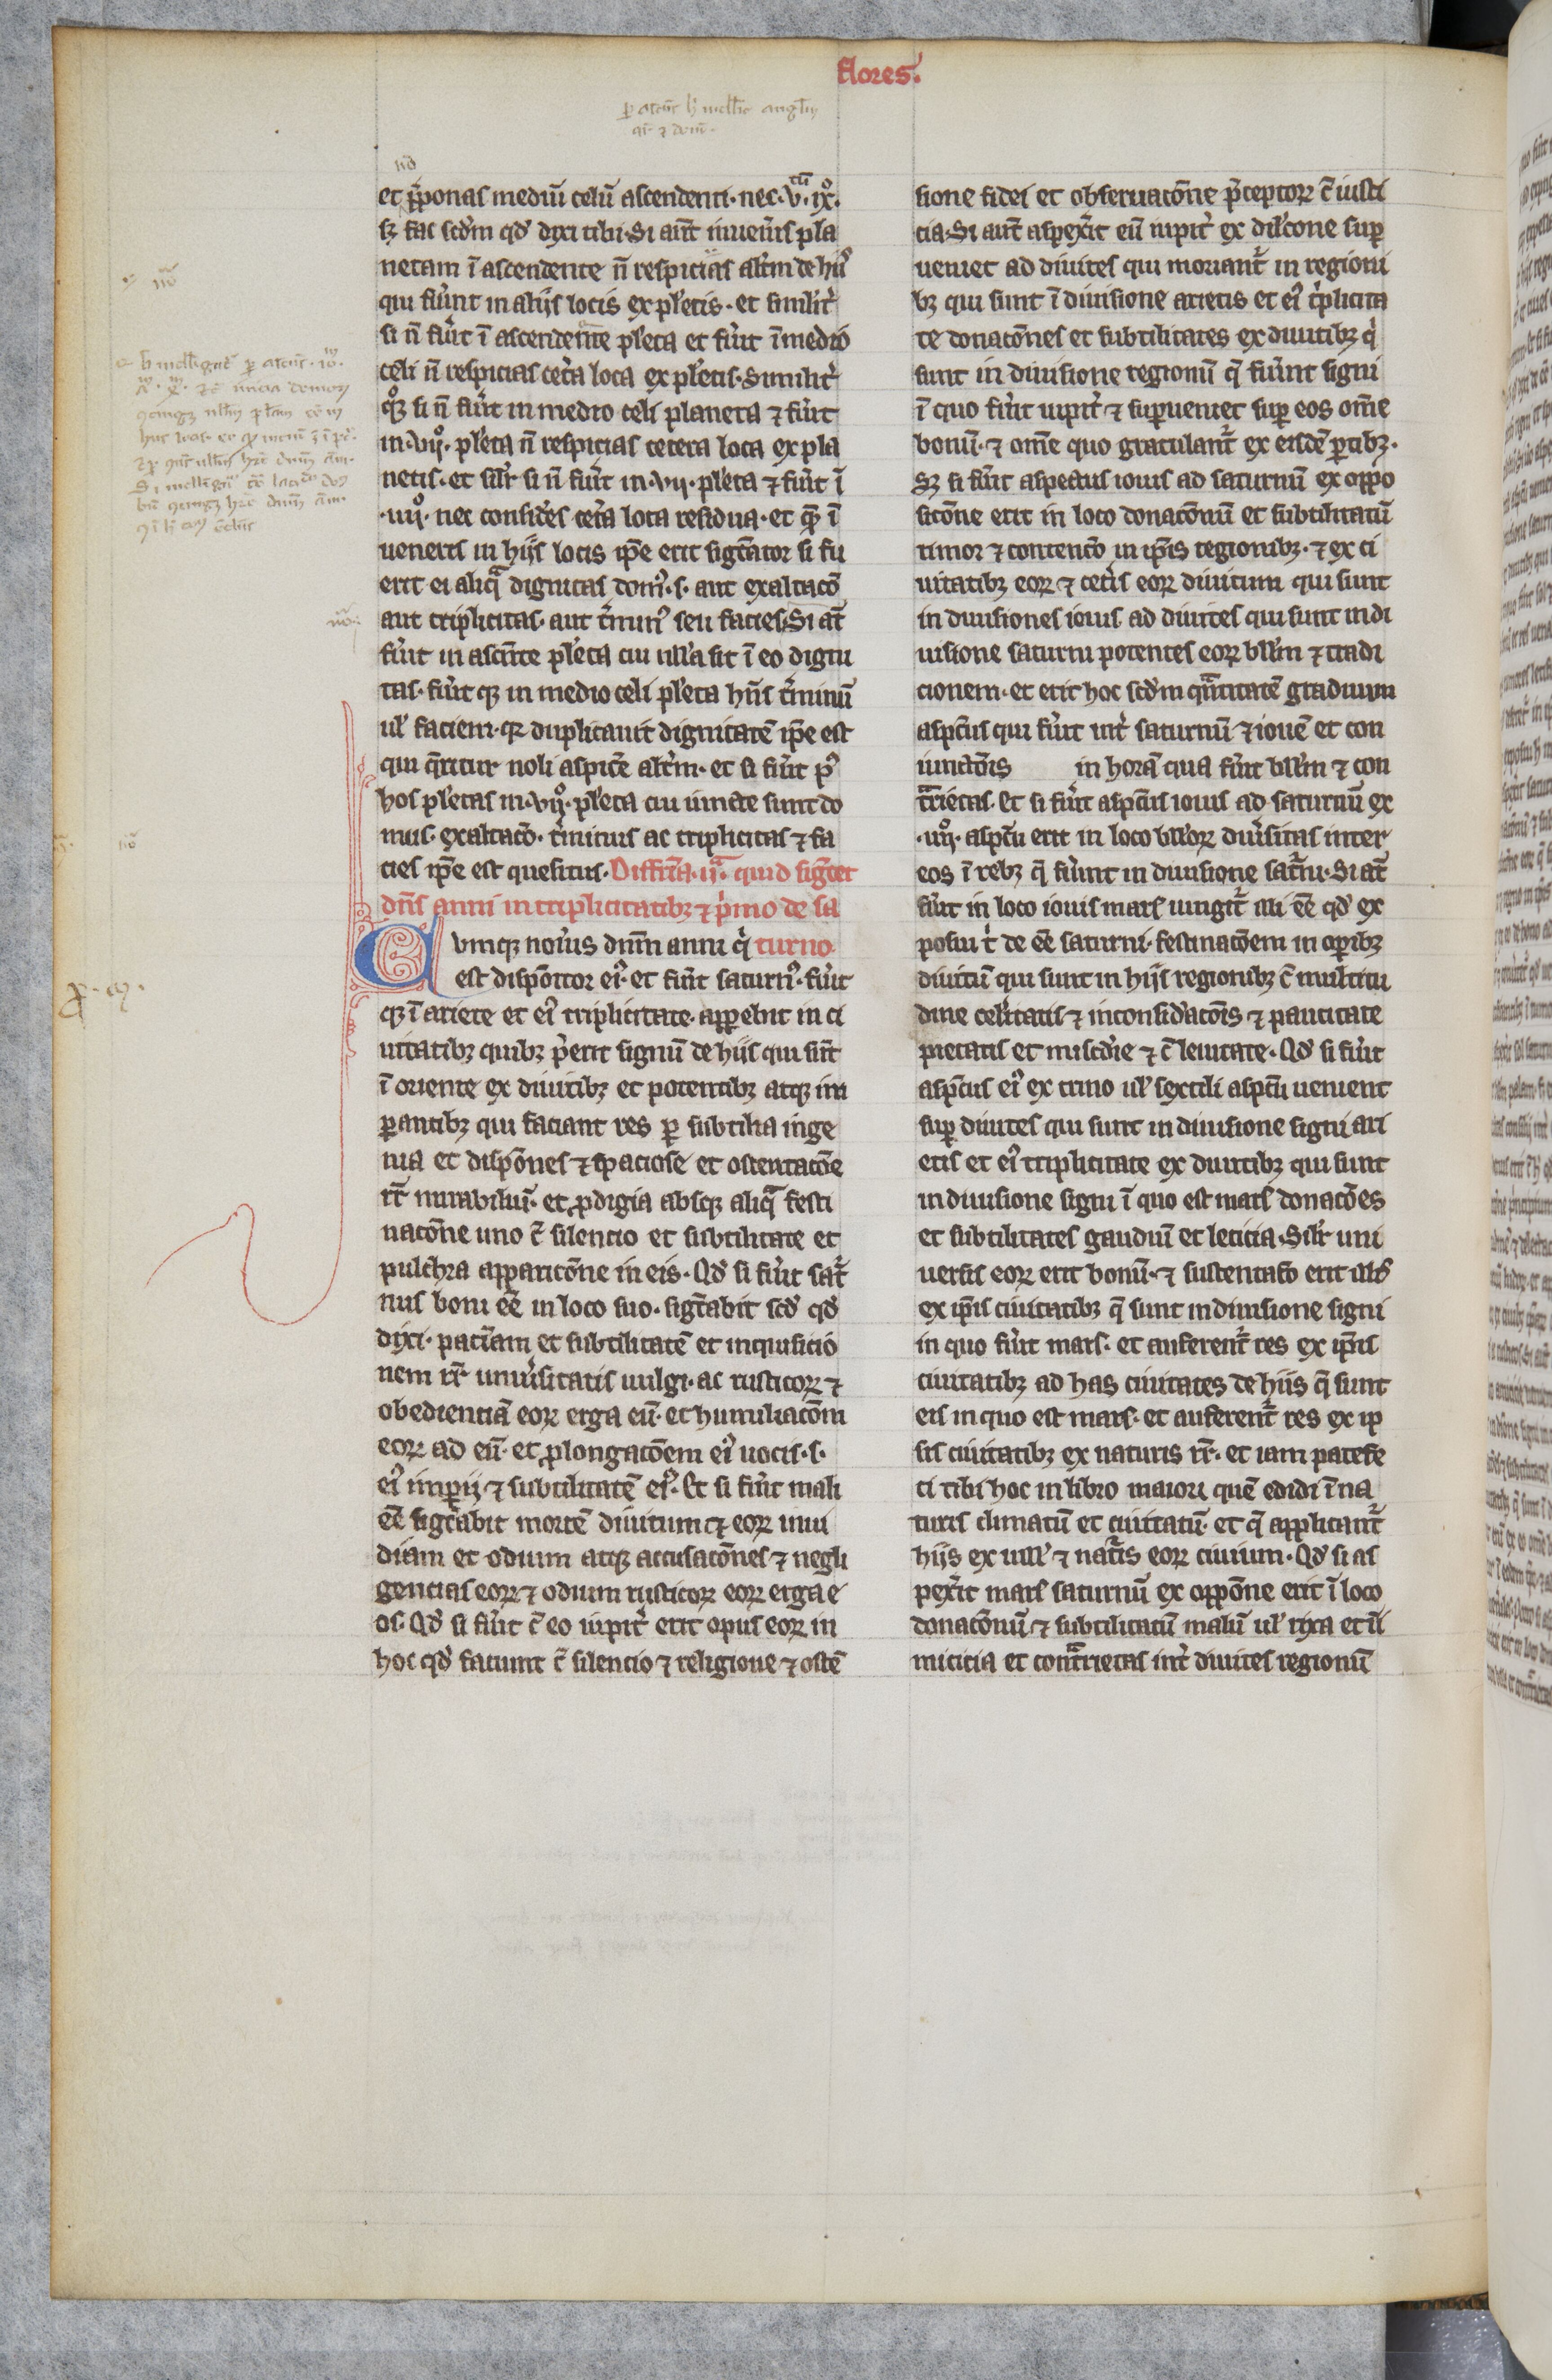
Shelfmark: Paris, BnF, lat. 16204
Century: 13